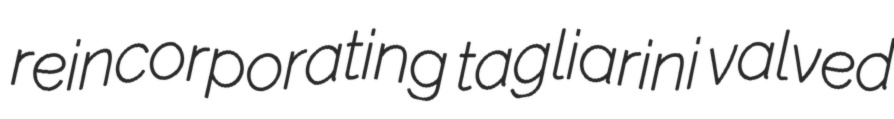
reincorporating tagliarini valved